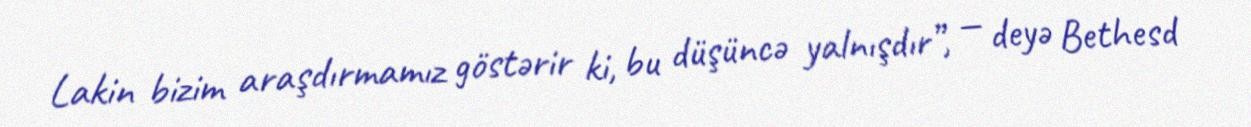
Lakin bizim araşdırmamız göstərir ki, bu düşüncə yalnışdır”, — deyə Bethesd